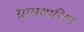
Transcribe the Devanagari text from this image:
ग्रामयाजिन